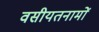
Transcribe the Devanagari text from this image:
वसीयतनामों